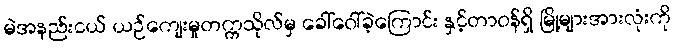
မဲအနည်းငယ် ယဉ်ကျေးမှုတက္ကသိုလ်မှ ခေါ်ဝေါ်ခဲ့ကြောင်း နှင့်တာဝန်ရှိ မြို့များအားလုံးကို